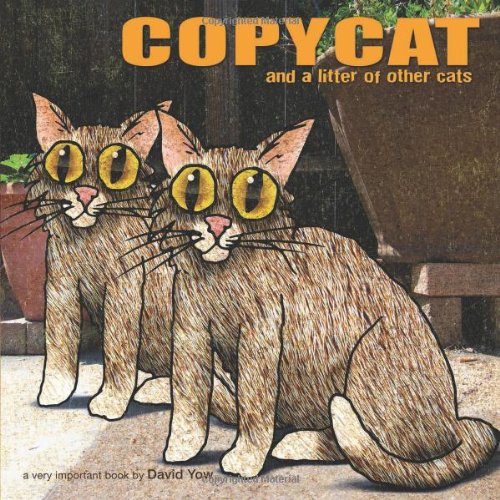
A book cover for Copycat: and a Litter of Other Cats; Humor & Entertainment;